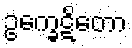
ဥက္ခေဋိတော